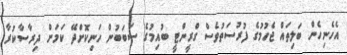
އެހެނިހެން ބަލިތަައް ޖެހުމުގެ ފުރުސަތުވެސް ގްރީންޓީ ބުއިމުގެ ސަބަބުން ހަނިކޮށްދޭ ކަމަށް ދިރާސާކުރާ